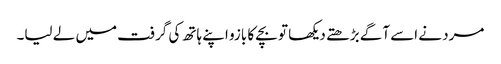
مرد نے اسے آگے بڑھتے دیکھا تو بچے کا بازو اپنے ہاتھ کی گرفت میں لے لیا۔